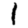
Digit: 1